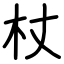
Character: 杖